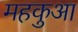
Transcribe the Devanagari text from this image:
महकुआ